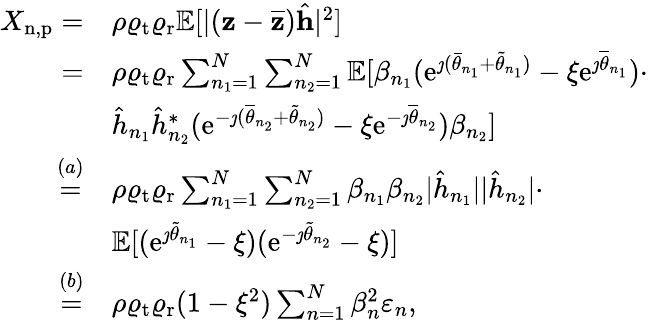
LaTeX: \begin{array}{rl}{X_{\mathrm{n,p}}=}&{\rho\varrho_{\mathrm{t}}\varrho_{\mathrm{r}}\mathbb{E}[|(\mathbf{z}-\overline{{\mathbf{z}}})\hat{\mathbf{h}}|^{2}]}\\ {=}&{\rho\varrho_{\mathrm{t}}\varrho_{\mathrm{r}}\sum_{n_{1}=1}^{N}\sum_{n_{2}=1}^{N}\mathbb{E}[\beta_{n_{1}}(\mathrm{e}^{\jmath(\bar{\theta}_{n_{1}}+\tilde{\theta}_{n_{1}})}-\xi\mathrm{e}^{\jmath\overline{{\theta}}_{n_{1}}})\cdot}\\ &{\hat{h}_{n_{1}}\hat{h}_{n_{2}}^{*}(\mathrm{e}^{-\jmath(\overline{{\theta}}_{n_{2}}+\tilde{\theta}_{n_{2}})}-\xi\mathrm{e}^{-\jmath\overline{{\theta}}_{n_{2}}})\beta_{n_{2}}]}\\ {\overset{(a)}{=}}&{\rho\varrho_{\mathrm{t}}\varrho_{\mathrm{r}}\sum_{n_{1}=1}^{N}\sum_{n_{2}=1}^{N}\beta_{n_{1}}\beta_{n_{2}}|\hat{h}_{n_{1}}||\hat{h}_{n_{2}}|\cdot}\\ &{\mathbb{E}[(\mathrm{e}^{\jmath\widetilde{\theta}_{n_{1}}}-\xi)(\mathrm{e}^{-\jmath\tilde{\theta}_{n_{2}}}-\xi)]}\\ {\overset{(b)}{=}}&{\rho\varrho_{\mathrm{t}}\varrho_{\mathrm{r}}(1-\xi^{2})\sum_{n=1}^{N}\beta_{n}^{2}\varepsilon_{n},}\end{array}